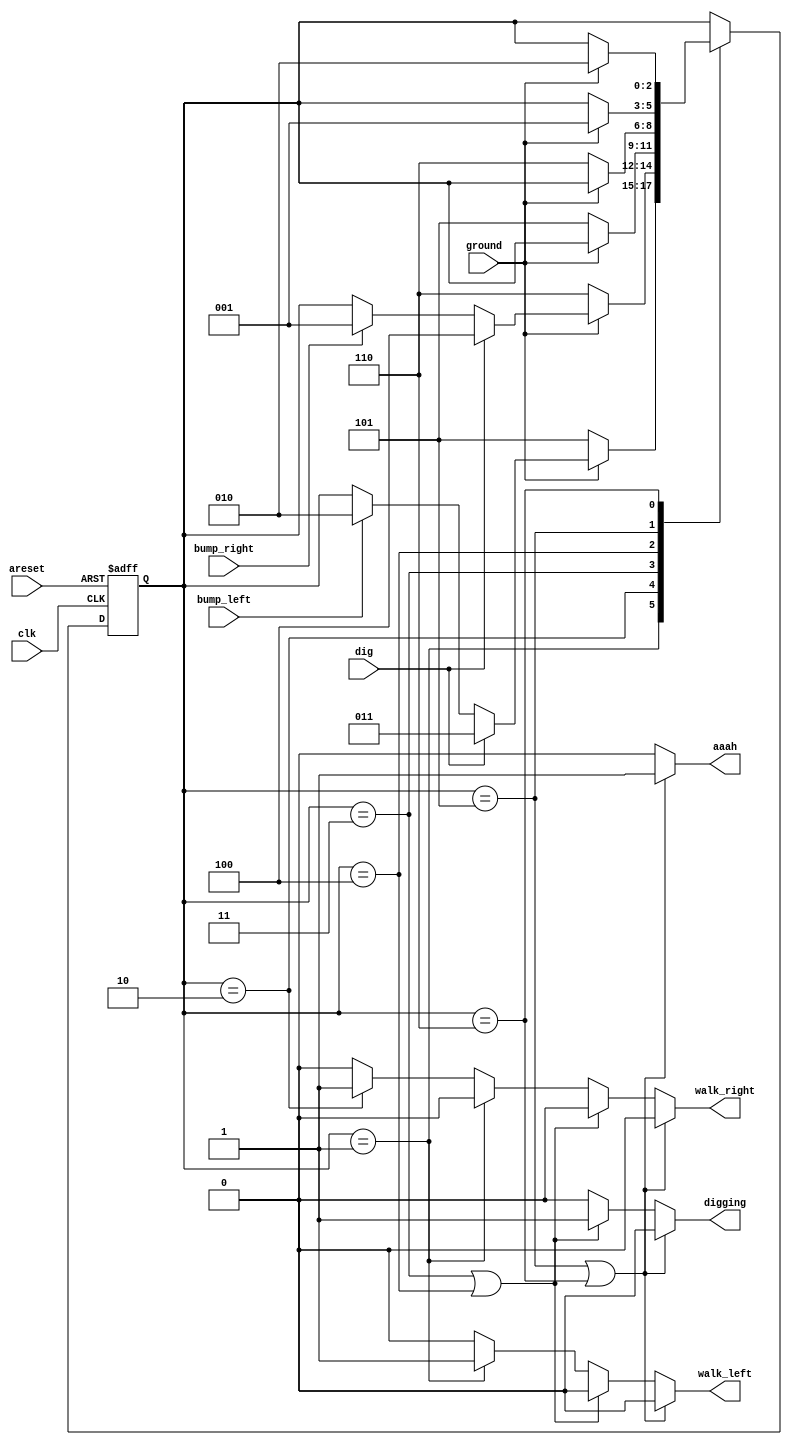
module top_module(
    input clk,
    input areset,    // Freshly brainwashed Lemmings walk left.
    input bump_left,
    input bump_right,
    input ground,
    input dig,
    output walk_left,
    output walk_right,
    output aaah,
    output digging ); 
    parameter w_left=3'b001, w_right=3'b010, dig_left=3'b011, dig_right=3'b100, fall_left=3'b101, fall_right=3'b110;
    reg [2:0] state, next_state;
    always@(posedge clk or posedge areset)
        begin
            if (areset)
                state<=w_left;
            else
                state<=next_state;
        end
    always@(*)
        begin
            case (state)
                w_left: begin
                    if(!ground)
                        next_state<=fall_left;
                    else if (dig)
                        next_state<=dig_left;
                    else if (bump_left)
                        next_state<=w_right;
                        else
                        next_state<=state;
                end
                w_right: begin
                    if(!ground)
                        next_state<=fall_right;
                    else if (dig)
                        next_state<=dig_right;
                    else if (bump_right)
                        next_state<=w_left;
                    else
                    next_state<=state;
                end
                dig_left: begin
                    if(!ground)
                        next_state<=fall_left;
                    else next_state<=state;
                end
                dig_right: begin
                    if(!ground)
                        next_state<=fall_right;
                    else next_state<=state;
                end
                fall_left: begin
                    if(ground)
                        next_state<=w_left;
                    else next_state<=state;
                    
                end
                fall_right: begin
                    if(ground)
                        next_state<=w_right;
                    else next_state<=state;
                    
                end
                default: next_state<=state;
            endcase
        end
        
    
    always@(*)
        begin
            if(state==fall_left|state==fall_right) begin digging<=0; walk_left<=0; walk_right<=0; aaah<=1; end
            else if (state==dig_left|state==dig_right) begin digging<=1; walk_left<=0; walk_right<=0; aaah<=0; end
            else if (state==w_left) begin digging<=0; walk_left<=1; walk_right<=0; aaah<=0; end
            else if (state==w_right) begin digging<=0; walk_left<=0; walk_right<=1; aaah<=0; end
            else begin digging<=0; walk_left<=0; walk_right<=0; aaah<=0; end
        end  

endmodule